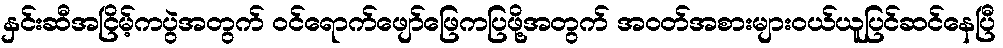
နှင်းဆီအငြိမ့်ကပွဲအတွက် ဝင်ရောက်ဖျော်ဖြေကပြဖို့အတွက် အဝတ်အစားများဝယ်ယူပြင်ဆင်နေပြီ